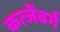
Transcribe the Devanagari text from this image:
कत्जेंबर्ग